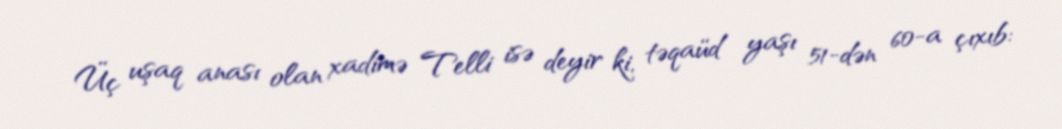
Üç uşaq anası olan xadimə Telli isə deyir ki, təqaüd yaşı 51-dən 60-a çıxıb: